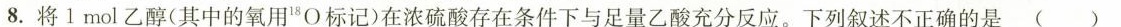
8.将1mol乙醇(其中的氧用^{18}O标记)在浓硫酸存在条件下与足量乙酸充分反应。下列叙述不正确的是( )